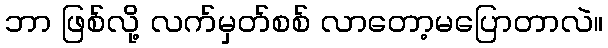
ဘာ ဖြစ်လို့ လက်မှတ်စစ် လာတော့မပြောတာလဲ။